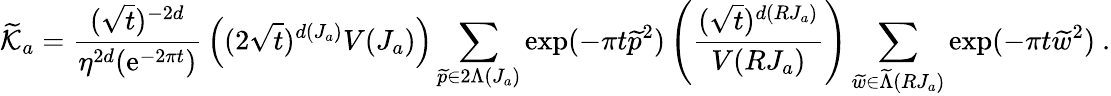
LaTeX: {\widetilde{\cal K}}_{a}={\frac{(\sqrt{t})^{-2d}}{\eta^{2d}({\mathrm{e}}^{-2\pi t})}}\left((2\sqrt{t})^{d(J_{a})}V(J_{a})\right)\sum_{{\widetilde p}\in 2\Lambda(J_{a})}\exp(-\pi t{\widetilde p}^{2})\left({\frac{(\sqrt{t})^{d(RJ_{a})}}{V(RJ_{a})}}\right)\sum_{{\widetilde w}\in{\widetilde\Lambda}(RJ_{a})}\exp(-\pi t{\widetilde w}^{2})~.